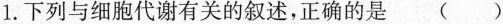
1.下列与细胞代谢有关的叙述，正确的是 ()